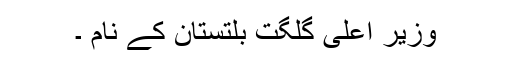
وزیر اعلی گلگت بلتستان کے نام ۔